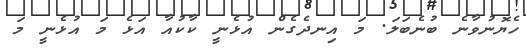
ހެޔޮނުވާނެ ބުނެބަލަ. މަ އިނދެގެން އުޅެނީ ކާކުއާ އަޅެ މަ އުޅެނީ މަ